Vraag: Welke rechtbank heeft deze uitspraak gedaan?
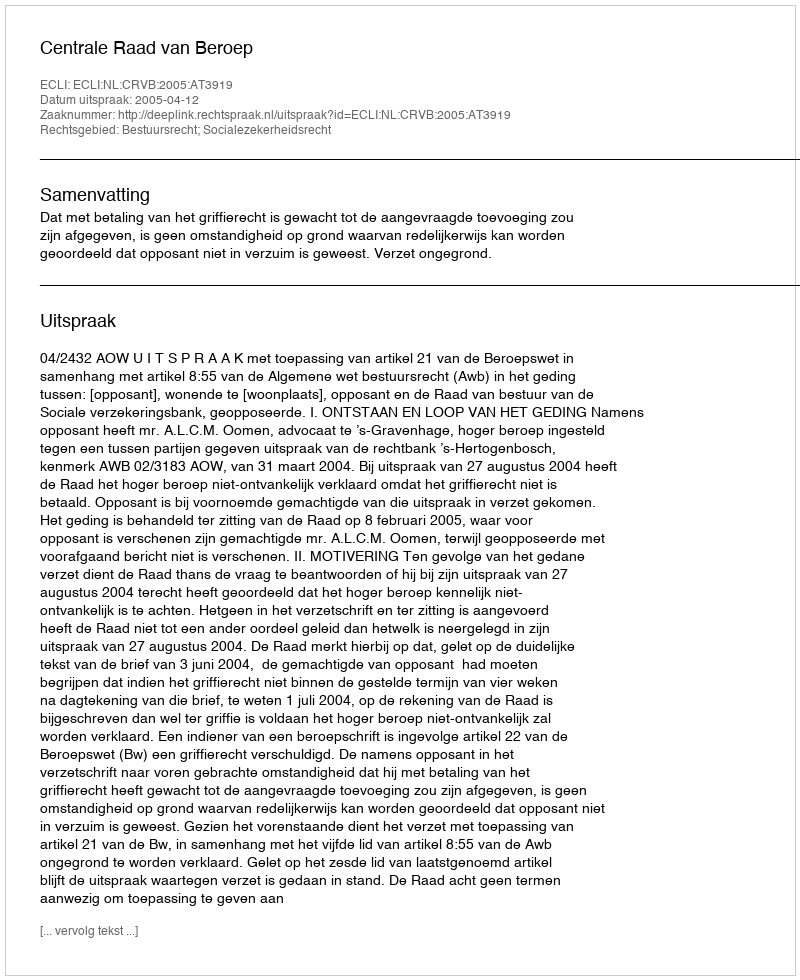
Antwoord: Centrale Raad van Beroep